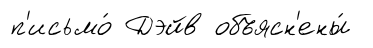
п'исьмо́ Дэйв объясн'ены́